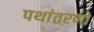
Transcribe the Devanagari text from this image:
पथांतरणों